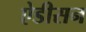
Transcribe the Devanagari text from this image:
ऐडीसन